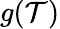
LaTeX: g(\mathcal{T})